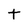
Character: t